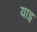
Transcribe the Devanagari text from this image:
याइ